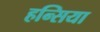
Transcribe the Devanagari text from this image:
हन्सिया